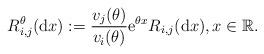
LaTeX: \begin{align*}R^\theta_{i,j}({\rm d}x):=\frac{v_j(\theta)}{v_i(\theta)}{\rm e}^{\theta x}R_{i,j}({\rm d}x), x\in\mathbb{R}.\end{align*}